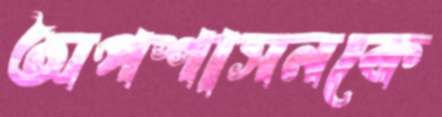
অপশাসনকে